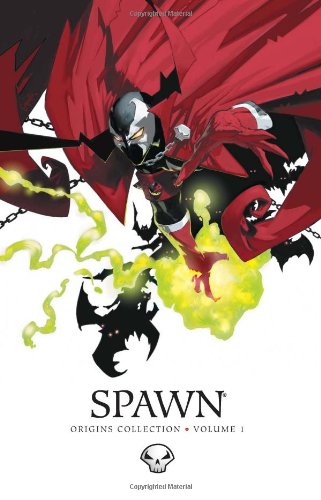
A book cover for Spawn Origins Vol 1 TP (Spawn Origins Collection); Todd McFarlane; Comics & Graphic Novels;